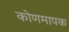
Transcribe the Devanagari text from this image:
कोणमापक